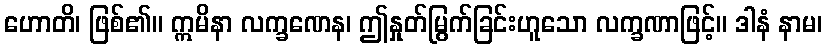
ဟောတိ၊ ဖြစ်၏။ ဣမိနာ လက္ခဏေန၊ ဤနှုတ်မြွက်ခြင်းဟူသော လက္ခဏာဖြင့်။ ဒါနံ နာမ၊